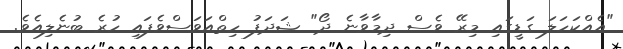
"އެއްކަހަލަ ގަޑީގައި މިރޭ ވެސް ދިމާވާނެ ދޯ" ޝަދަފު ހިތްއަވަސްވެފައި ހުރެ ބުނެލިއެވެ.